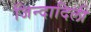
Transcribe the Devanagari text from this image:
जिन्दादिली